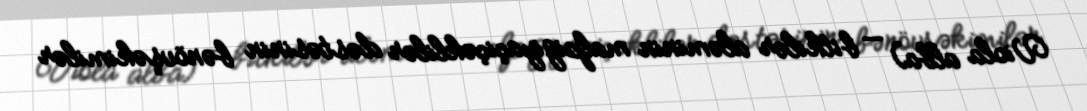
Viola alba) — bitkilər aləminin malpigiyaçiçəklilər dəstəsinin bənövşəkimilər